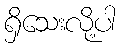
ရှိသေးလို့ပါ